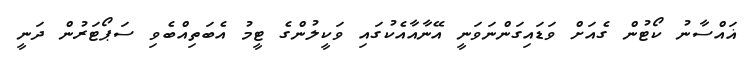
ޣައްސާނު ކޯޓުން ގެއަށް ވަޑައިގަންނަވަނީ އޭނާއާއެކުގައި ވަކީލުންގެ ޓީމު އެބަތިއްބެވި ސަޕޯޓަރުން ދަނީ